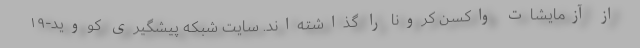
از آزمایشات واکسن کرونا را گذاشته‌اند. سایت شبکه پیشگیری کووید-۱۹